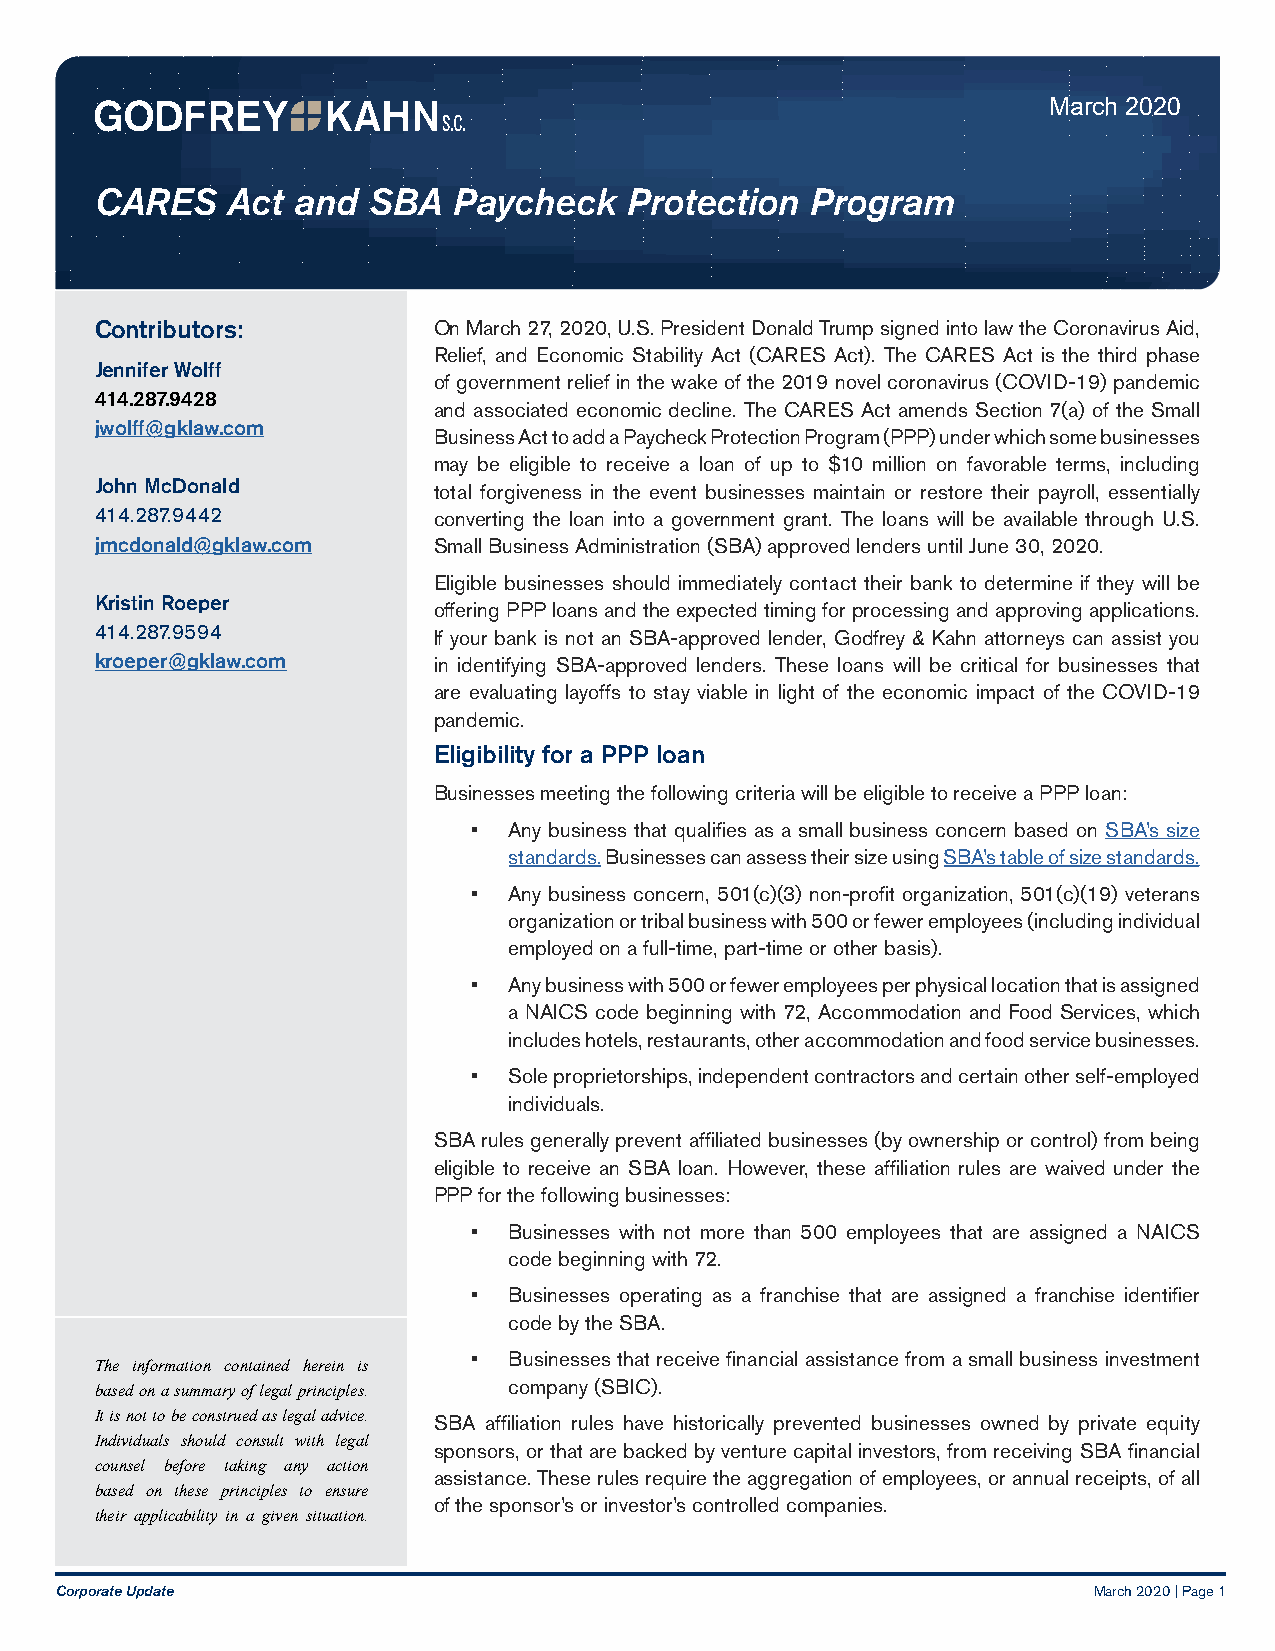
March 2020
 CARES    Act and  SBA   Paycheck    Protection  Program
 Contributors:          On March 27, 2020, U.S. President Donald Trump signed into law the Coronavirus Aid,
 Relief, and Economic Stability Act (CARES Act). The CARES Act is the third phase
 Jennifer Wolff
 of government relief in the wake of the 2019 novel coronavirus (COVID-19) pandemic
 414.287.9428
 and associated economic decline. The CARES Act amends Section 7(a) of the Small
 jwolff@gklaw.com
 Business Act to add a Paycheck Protection Program (PPP) under which some businesses
 may be eligible to receive a loan of up to $10 million on favorable terms, including
 John McDonald          total forgiveness in the event businesses maintain or restore their payroll, essentially
 414.287.9442           converting the loan into a government grant. The loans will be available through U.S.
 jmcdonald@gklaw.com    Small Business Administration (SBA) approved lenders until June 30, 2020.
 Eligible businesses should immediately contact their bank to determine if they will be
 Kristin Roeper
 offering PPP loans and the expected timing for processing and approving applications.
 414.287.9594           If your bank is not an SBA-approved lender, Godfrey & Kahn attorneys can assist you
 kroeper@gklaw.com      in identifying SBA-approved lenders. These loans will be critical for businesses that
 are evaluating layoffs to stay viable in light of the economic impact of the COVID-19
 pandemic.
 Eligibility for a PPP loan
 Businesses meeting the following criteria will be eligible to receive a PPP loan:
 •  Any business that qualifies as a small business concern based on SBA’s size
 standards. Businesses can assess their size using SBA’s table of size standards.
 •  Any business concern, 501(c)(3) non-profit organization, 501(c)(19) veterans
 organization or tribal business with 500 or fewer employees (including individual
 employed on a full-time, part-time or other basis).
 •  Any business with 500 or fewer employees per physical location that is assigned
 a NAICS code beginning with 72, Accommodation and Food Services, which
 includes hotels, restaurants, other accommodation and food service businesses.
 •  Sole proprietorships, independent contractors and certain other self-employed
 individuals.
 SBA rules generally prevent affiliated businesses (by ownership or control) from being
 eligible to receive an SBA loan. However, these affiliation rules are waived under the
 PPP for the following businesses:
 •  Businesses with not more than 500 employees that are assigned a NAICS
 code beginning with 72.
 •  Businesses operating as a franchise that are assigned a franchise identifier
 code by the SBA.
 •  Businesses that receive financial assistance from a small business investment
 The information contained herein is
 company (SBIC).
 based on a summary of legal principles.
 It is not to be construed as legal advice. SBA affiliation rules have historically prevented businesses owned by private equity
 Individuals should consult with legal
 sponsors, or that are backed by venture capital investors, from receiving SBA financial
 counsel before taking any action
 assistance. These rules require the aggregation of employees, or annual receipts, of all
 based on these principles to ensure
 of the sponsor’s or investor’s controlled companies.
 their applicability in a given situation.
 Corporate Update                                                    March 2020 | Page 1